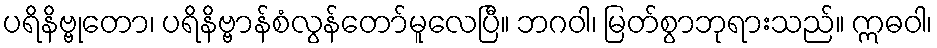
ပရိနိဗ္ဗုတော၊ ပရိနိဗ္ဗာန်စံလွန်တော်မူလေပြီ။ ဘဂဝါ၊ မြတ်စွာဘုရားသည်။ ဣဓဝါ၊